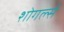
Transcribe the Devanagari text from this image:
शोगर्ल्स